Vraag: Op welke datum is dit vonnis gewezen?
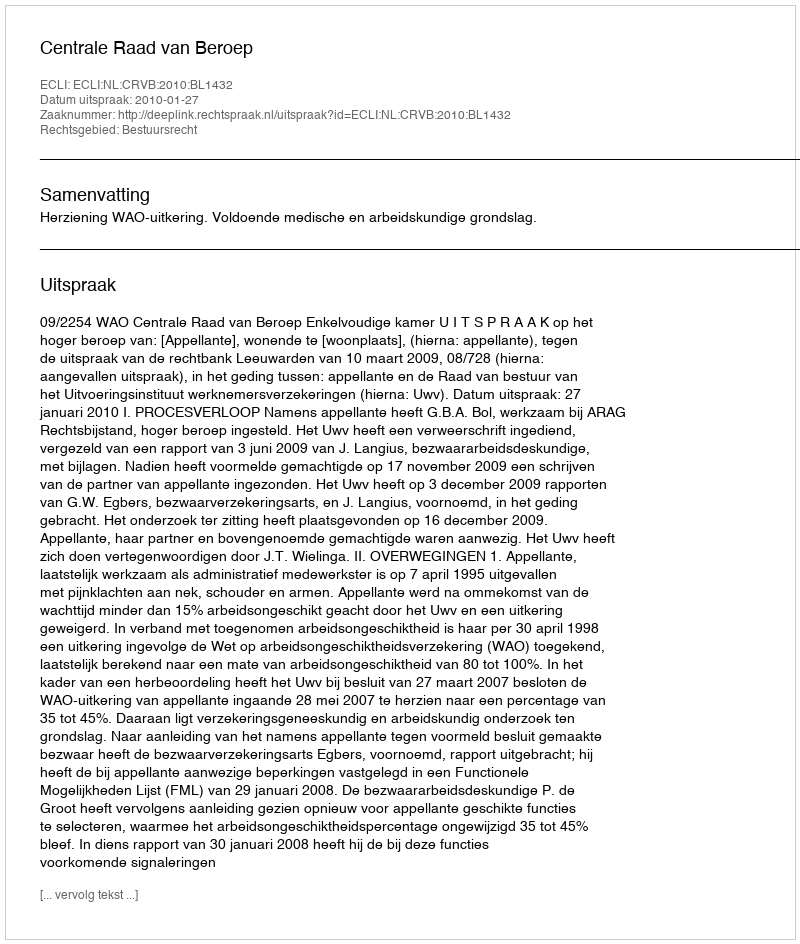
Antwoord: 2010-01-27